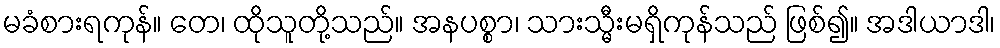
မခံစားရကုန်။ တေ၊ ထိုသူတို့သည်။ အနပစ္စာ၊ သားသ္မီးမရှိကုန်သည် ဖြစ်၍။ အဒါယာဒါ၊